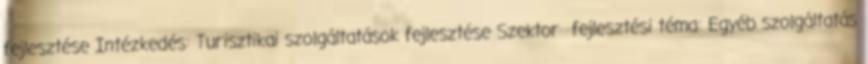
fejlesztése Intézkedés: Turisztikai szolgáltatások fejlesztése Szektor fejlesztési téma: Egyéb szolgáltatás